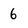
Character: 6